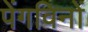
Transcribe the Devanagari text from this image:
पेंगविनों